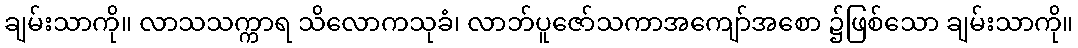
ချမ်းသာကို။ လာသသက္ကာရ သိလောကသုခံ၊ လာဘ်ပူဇော်သကာအကျော်အစော ၌ဖြစ်သော ချမ်းသာကို။